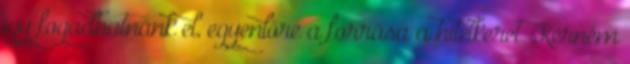
így fogadhatnánk el, egyenlőre a forrása a hitelkeret. Kérném